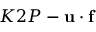
K 2 P - \mathbf { u \cdot f }